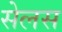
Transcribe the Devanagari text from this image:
सेलस